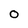
Character: O